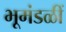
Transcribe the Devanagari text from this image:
भूमंडळीं